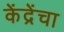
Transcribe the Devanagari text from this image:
केंद्रेंचा